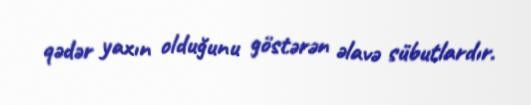
qədər yaxın olduğunu göstərən əlavə sübutlardır.